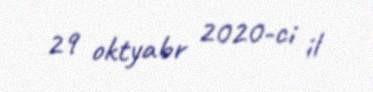
29 oktyabr 2020-ci il